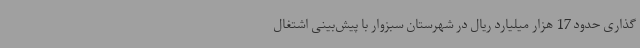
‌گذاری حدود 17 هزار میلیارد ریال در شهرستان سبزوار با پیش‌بینی اشتغال